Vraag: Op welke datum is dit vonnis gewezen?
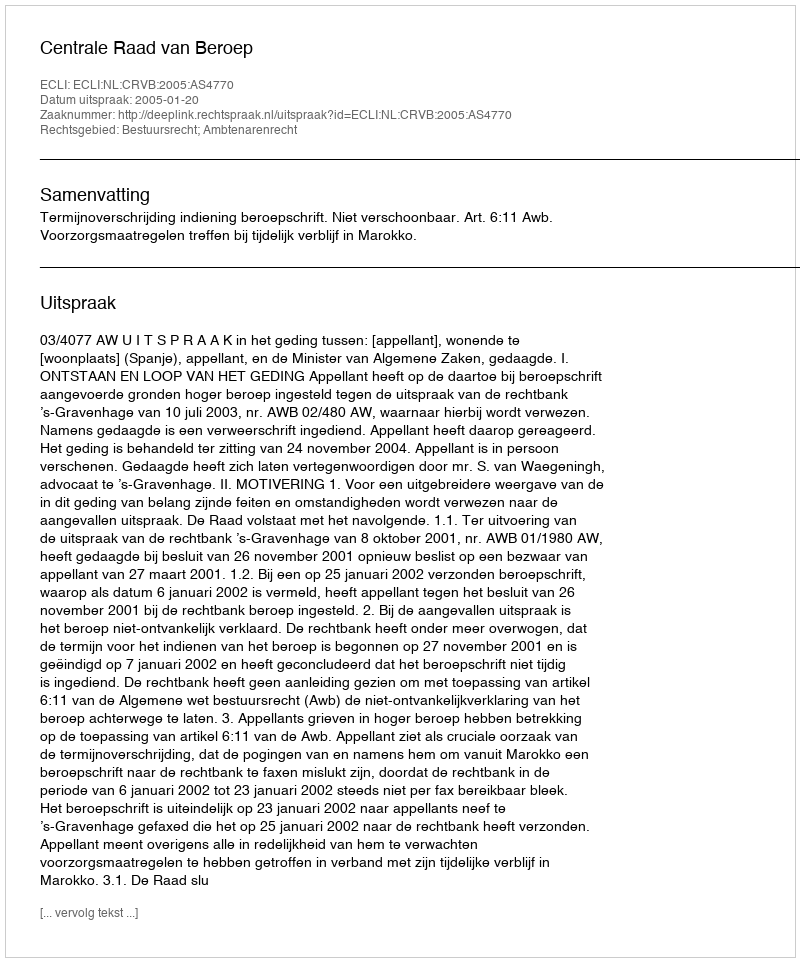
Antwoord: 2005-01-20